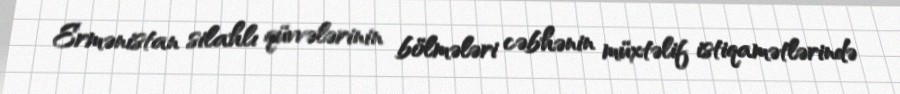
Ermənistan silahlı qüvvələrinin bölmələri cəbhənin müxtəlif istiqamətlərində